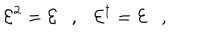
{ \cal E } ^ { 2 } = { \cal E } \ \ \ , \ \ \ { \cal E } ^ { \dagger } = { \cal E } \ \ \ ,